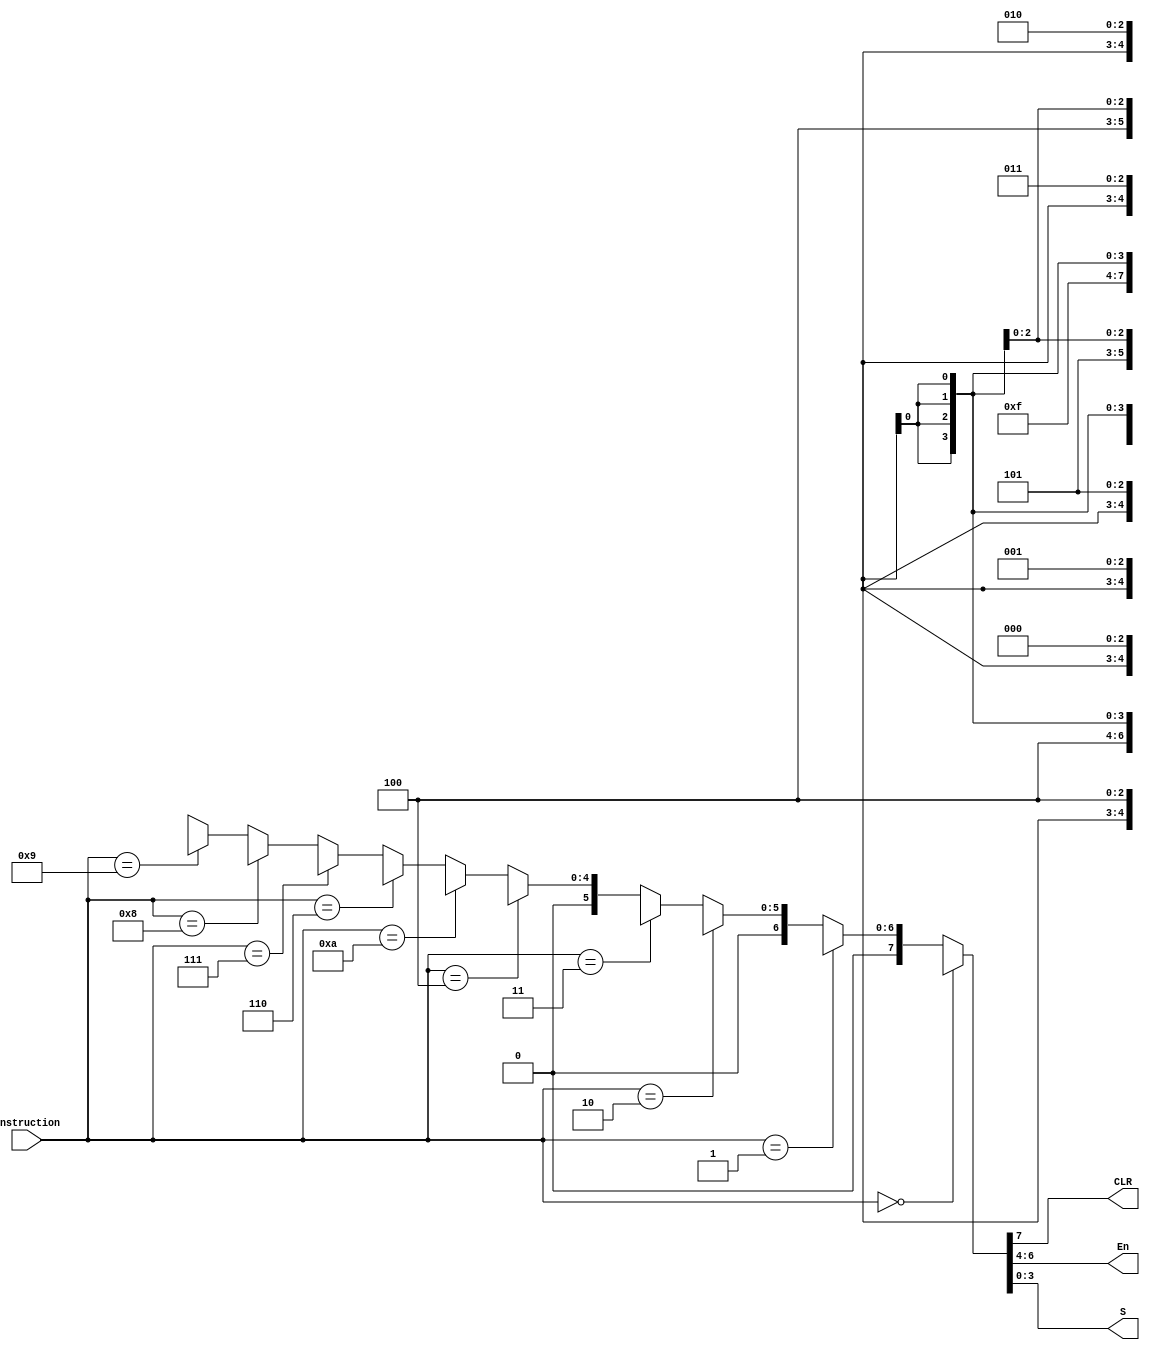
`timescale 1ns / 1ps
//////////////////////////////////////////////////////////////////////////////////
// Company: 
// Engineer: 
// 
// Design Name: 
// Module Name:    InstructionDecoder 
// Project Name: 
// Target Devices: 
// Tool versions: 
// Description: 
//
// Dependencies: 
//
// Revision: 
// Revision 0.01 - File Created
// Additional Comments: 
//
//////////////////////////////////////////////////////////////////////////////////
module InstructionDecoder(
    input [3:0] Instruction,
	 output CLR,
    output [2:0] En,
	 output [3:0] S
    );

	reg[7:0] temp;

	always @(Instruction)
	begin
		if (Instruction == 4'b0000)
			temp = 8'b1111XXXX;
		else if (Instruction == 4'b0001)
			temp = 8'b0100XXXX;
		else if (Instruction == 4'b0010)
			temp = 8'b00100XXX;
		else if (Instruction == 4'b0011)
			temp = 8'b00101XXX;
		else if (Instruction == 4'b0100)
			temp = 8'b0001X000;
		else if (Instruction == 4'b1010)
			temp = 8'b0001X001;
		else if (Instruction == 4'b0110)
			temp = 8'b0001X010;
		else if (Instruction == 4'b0111)
			temp = 8'b0001X011;
		else if (Instruction == 4'b1000)
			temp = 8'b0001X100;
		else if (Instruction == 4'b1001)
			temp = 8'b0001X101;			
		else
			temp = 8'b0000XXXX;
	end

	assign CLR = temp[7];
	assign En = temp[6:4];
	assign S = temp[3:0];
	
endmodule